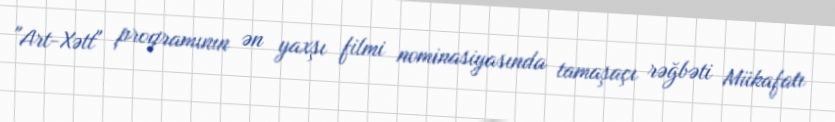
"Art-Xətt" proqramının ən yaxşı filmi nominasiyasında tamaşaçı rəğbəti Mükafatı